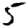
Digit: 5